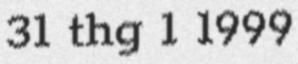
31 thg 1 1999